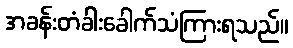
အခန်းတံခါးခေါက်သံကြားရသည်။